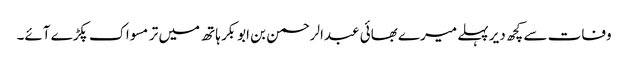
وفات سے کچھ دیر پہلے میرے بھائی عبدالرحمن بن ابوبکر ہاتھ میں تر مسواک پکڑے آئے۔